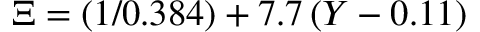
\Xi = ( 1 / 0 . 3 8 4 ) + 7 . 7 \, ( Y - 0 . 1 1 )